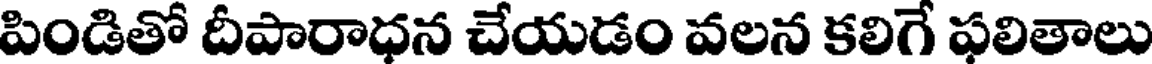
పిండితో దీపారాధన చేయడం వలన కలిగే ఫలితాలు